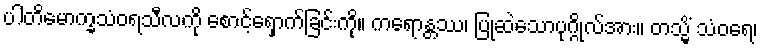
ပါတိမောက္ခသံဝရသီလကို စောင့်ရှောက်ခြင်းကို။ ကရောန္တဿ၊ ပြုဆဲသောပုဂ္ဂိုလ်အား။ တသ္မိံ သံဝရေ၊